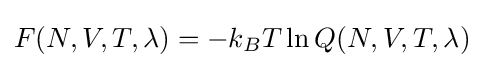
F(N,V,T,\lambda )=-k_{B}T\ln Q(N,V,T,\lambda )